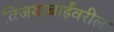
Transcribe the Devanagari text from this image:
विजयाबाईंवरील